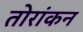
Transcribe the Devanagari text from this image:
तोरांकन